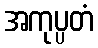
အကုပ္ပတံ